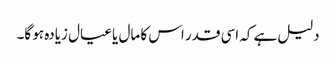
دلیل ہے کہ اسی قدر اس کا مال یا عیال زیادہ ہو گا۔